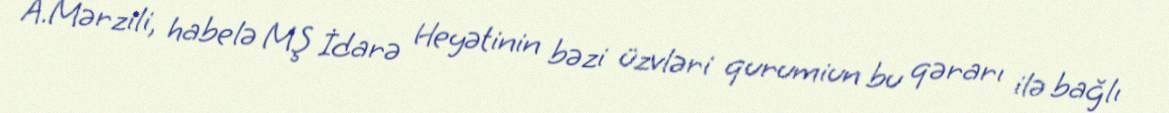
A.Mərzili, habelə MŞ İdarə Heyətinin bəzi üzvləri qurumiun bu qərarı ilə bağlı